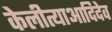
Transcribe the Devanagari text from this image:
केलीत्याआदिदेव